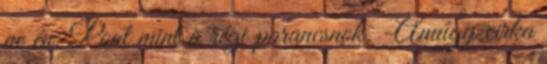
ne én. Pont mint a régi parancsnok. -Amúgy cirka